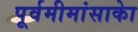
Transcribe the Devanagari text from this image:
पूर्वमीमांसाकाे